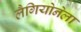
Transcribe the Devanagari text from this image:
लैगियोनेला